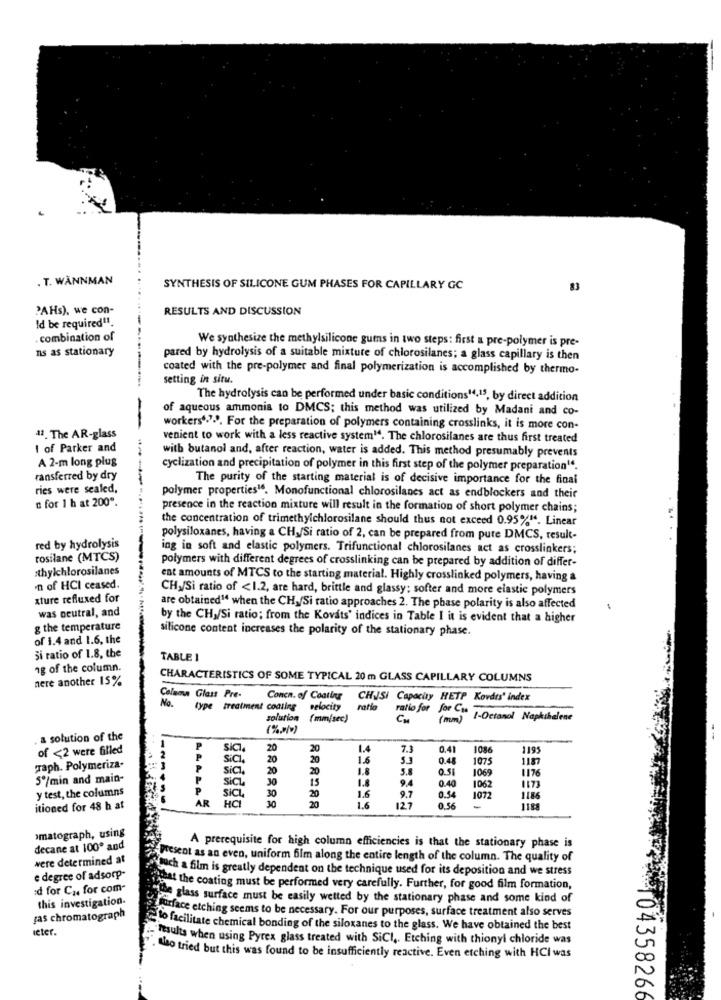
. T. WANNMAN
SYNTHESIS OF SILICONE GUM PHASES FOR CAPILLARY GC
83
"AHs), we con-
RESULTS AND DISCUSSION
Id be required11.
. combination of
We synthesize the methylsilicone guins in two steps: first a pre-polymer is pre-
nis as stationary
pared by hydrolysis of a suitable mixture of chlorosilanes; a glass capillary is then
coated with the pre-polymer and final polymerization is accomplished by thermo-
setting in situ.
The hydrolysis can be performed under basic conditions14,13, by direct addition
of aqueous ammonia to DMCS; this method was utilized by Madani and co-
workers.".". For the preparation of polymers containing crosslinks, it is more con-
42. The AR-glass
venient to work with a less reactive system1. The chlorosilanes are thus first treated
I of Parker and
A 2-m long plus
with butanol and, after reaction, water is added. This method presumably prevents
cyclization and precipitation of polymer in this first step of the polymer preparation".
ransferred by dry
The purity of the starting material is of decisive importance for the final
ries were sealed,
" for 1 h at 200".
polymer properties16. Monofunctional chlorosilanes act as endblockers and their
presence in the reaction mixture will result in the formation of short polymer chains;
the concentration of trimethylchlorosilane should thus not exceed 0.95%". Linear
polysiloxanes, having a CH,/Si ratio of 2, can be prepared from pute DMCS, result-
red by hydrolysis
ing in soft and elastic polymers. Trifunctional chlorosilanes act as crosslinkers;
rosilane (MTCS)
thylchlorosilanes
polymers with different degrees of crosslinking can be prepared by addition of differ-
ent amounts of MTCS to the starting material. Highly crosslinked polymers, having a
'n of HCI ceased.
CHy/Si ratio of <1.2, are hard, brittle and glassy; softer and more elastic polymers
xture refluxed for
was neutral, and
are obtained" when the CH,/Si ratio approaches 2. The phase polarity is also affected
by the CH /Si ratio; from the Kovats' indices in Table I it is evident that a higher
g the temperature
silicone content increases the polarity of the stationary phase.
of 1.4 and 1.6, the
Si ratio of 1.8, the
TABLE I
1g of the column.
nere another 15%
CHARACTERISTICS OF SOME TYPICAL 20 m GLASS CAPILLARY COLUMNS
Calam Glass Pre-
No.
Concn. of Coating
CHAJSi Capacity HETP Kovdts' index
type treatment codling
velocity
ratio
ratio for for Cas
solution
(mm(sec)
( mm)
1-Octanol Naphthalene
(%))
a solution of the
of <2 were filled
P
sic
20
20
7.1
0.41
1086
1195
P
SiCL.
20
20
1.6
0.48
1075
1187
Taph. Polymeriza-
P
sich.
20
20
0.51
1069
1176
5º/min and main-
P
SiCL
30
15
9.4
0.40
y test, the columns
P
1.6
9.7
0.54
1062
1173
AR
SiCL
HCI
30
1072
1186
itioned for 48 h at
1.6
127
0.56
1188
omatograph, using
decane at 100º and
A prerequisite for high column efficiencies is that the stationary phase is
were determined at
present as an even, uniform film along the entire length of the column. The quality of
such a film is greatly dependent on the technique used for its deposition and we stress
e degree of adsorp-
d for Cas for com-
at the coating must be performed very carefully. Further, for good film formation,
this investigation.
"the glass surface must be easily wetted by the stationary phase and some kind of
Furface etching seems to be necessary. For our purposes, surface treatment also serves
zas chromatograph
ieter.
to facilitate chemical bonding of the siloxanes to the glass. We have obtained the best
resulta when using Pyrex glass treated with SiCl ,. Etching with thionyl chloride was
Nao tried but this was found to be insufficiently reactive. Even etching with HCI was
104358266